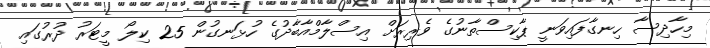
މިހާދިސާ ހިނގާފައިވަނީ ޕާކިސްތާނުގެ ވެރިރަށް އިސްލާމްއާބާދުގެ ހުޅަނގުން 25 ކިލޯ މީޓަރު ދުރުގައި